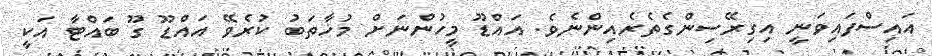
އައިސްފައިވަނީ އިގިރޭސިންގެތެރެއިންނެވެ. އައްޑޫ މީހުންނަށް މުޚާތަބު ކުރެވޭ އައްޑޫ ގޫ ބައްޓާ އަކީ